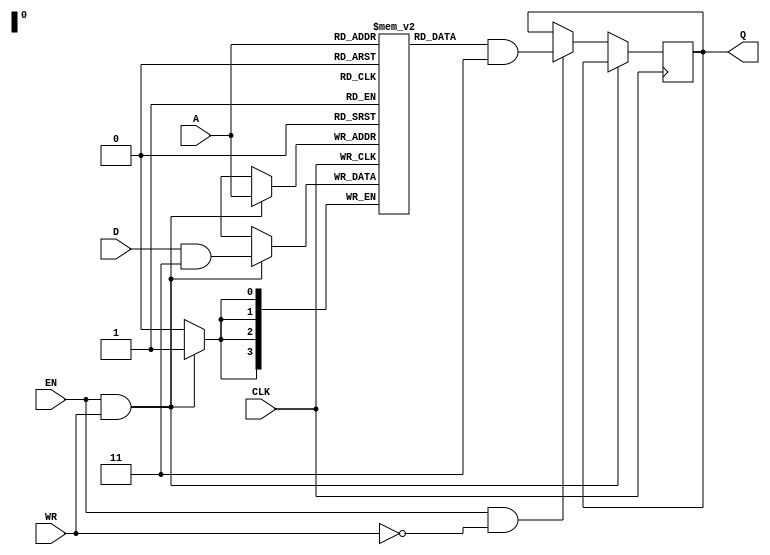
module  ram_4x4
    (
     input               CLK ,
     input [4-1:0]       A ,
     input [4-1:0]       D ,
     input               EN ,
     input               WR ,    //1 for write and 0 for read
     output reg [4-1:0]  Q    );
 
    parameter        MASK = 3 ;
 
    reg [4-1:0]     mem [0:(1<<4)-1] ;
    always @(posedge CLK) begin
        if (EN && WR) begin
            mem[A]  <= D & MASK;
        end
        else if (EN && !WR) begin
            Q       <= mem[A] & MASK;
        end
    end
 
endmodule